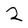
Character: 2